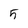
Character: 5